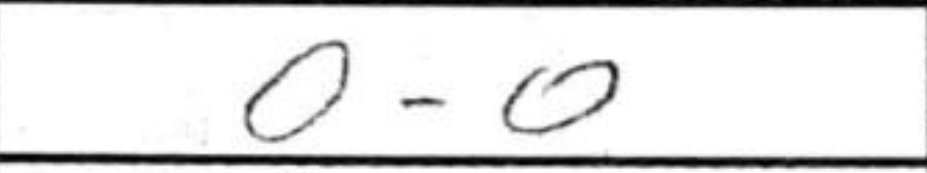
Transcription: O-O